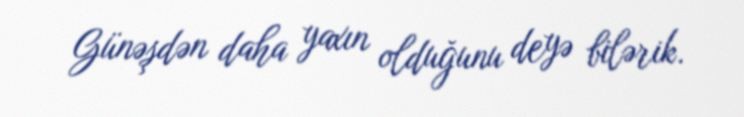
Günəşdən daha yaxın olduğunu deyə bilərik.